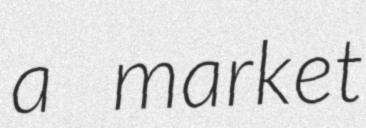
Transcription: a market